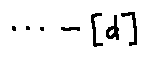
\cdots - [ d ]